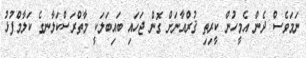
ނަމަވެސް ދެން އެމީހުން ކީރިތި ޤުރްއާނަށް ގޮން ޖަހައި ބައިބަލަކީ މާތްރަސްކަލާނގެ ކަލާމްފުޅު